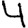
Digit: 4